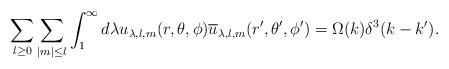
\begin{align*}\sum_{l\geq 0}\sum_{\mid m\mid\leq l}\int_1^{\infty} d\lambda u_{\lambda, l, m}(r,\theta,\phi) \overline{u}_{\lambda, l, m}(r^{\prime},\theta^{\prime},\phi^{\prime}) = \Omega(k)\delta^3(k - k^{\prime}).\end{align*}